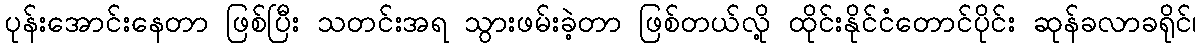
ပုန်းအောင်းနေတာ ဖြစ်ပြီး သတင်းအရ သွားဖမ်းခဲ့တာ ဖြစ်တယ်လို့ ထိုင်းနိုင်ငံတောင်ပိုင်း ဆုန်ခလာခရိုင်၊